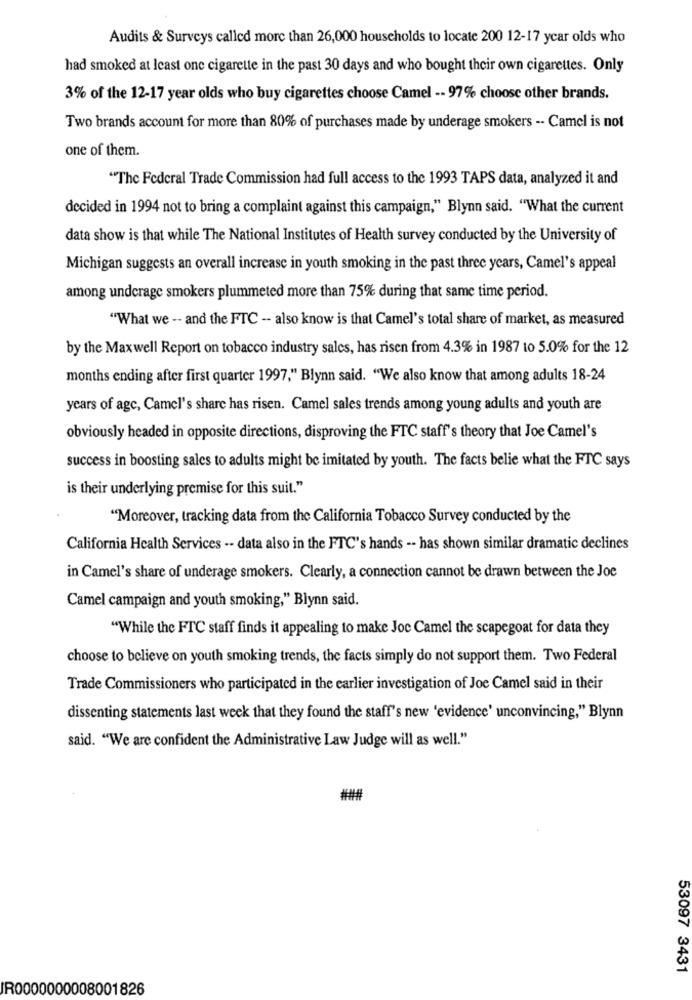
Audits & Surveys called more than 26,000 households to locate 200 12-17 year olds who
had smoked at least one cigarette in the past 30 days and who bought their own cigarettes. Only
3% of the 12-17 year olds who buy cigarettes choose Camel -- 97% choose other brands.
Two brands account for more than 80% of purchases made by underage smokers -- Camel is not
one of them.
"The Federal Trade Commission had full access to the 1993 TAPS data, analyzed it and
decided in 1994 not to bring a complaint against this campaign," Blynn said. "What the current
data show is that while The National Institutes of Health survey conducted by the University of
Michigan suggests an overall increase in youth smoking in the past three years, Camel's appeal
among undcrage smokers plummeted more than 75% during that same time period.
"What we -- and the FTC -- also know is that Camel's total share of market, as measured
by the Maxwell Report on tobacco industry sales, has risen from 4.3% in 1987 to 5.0% for the 12
months ending after first quarter 1997," Blynn said. "We also know that among adults 18-24
years of age, Camel's share has risen. Camel sales trends among young adults and youth are
obviously headed in opposite directions, disproving the FTC staff's theory that Joe Camel's
success in boosting sales to adults might be imitated by youth. The facts belie what the FTC says
is their underlying premise for this suit."
"Moreover, tracking data from the California Tobacco Survey conducted by the
California Health Services -- data also in the FTC's hands -- has shown similar dramatic declines
in Camel's share of underage smokers. Clearly, a connection cannot be drawn between the Joe
Camel campaign and youth smoking," Blynn said.
"While the FTC staff finds it appealing to make Joc Camel the scapegoat for data they
choose to believe on youth smoking trends, the facts simply do not support them. Two Federal
Trade Commissioners who participated in the earlier investigation of Joe Camel said in their
dissenting statements last week that they found the staff's new 'evidence' unconvincing," Blynn
said. "We are confident the Administrative Law Judge will as well."
53097 3431
IR0000000008001826